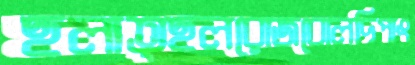
ছলাত্ছলরোজবোলদিপাং